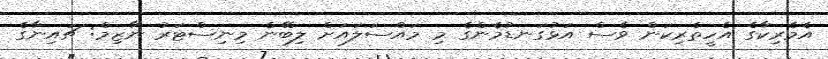
އެމެރިކާގެ އެހީތެރިކަން ވެސް އަޅުގަނޑުމެންގެ މި މައްސަލައަށް ލިބޭނެ މިނިސްޓަރު ނާޒިމް: ޗައިނާގެ